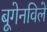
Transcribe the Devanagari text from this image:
बूगेनविले